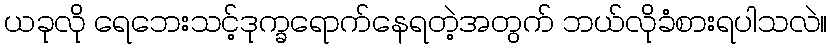
ယခုလို ရေဘေးသင့်ဒုက္ခရောက်နေရတဲ့အတွက် ဘယ်လိုခံစားရပါသလဲ။